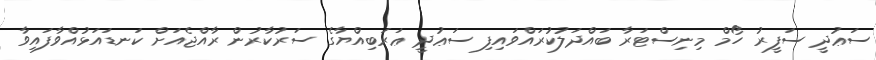
ސަޢުދީ ސަފީރު ހޯމް މިނިސްޓަރާ ބައްދަލުކުރައްވައިފި ސަޢުދީ ޢަރަބިއްޔާގެ ސަރުކާރުން ރާއްޖެއަށް ކަނޑައަޅުއްވާފައިވާ